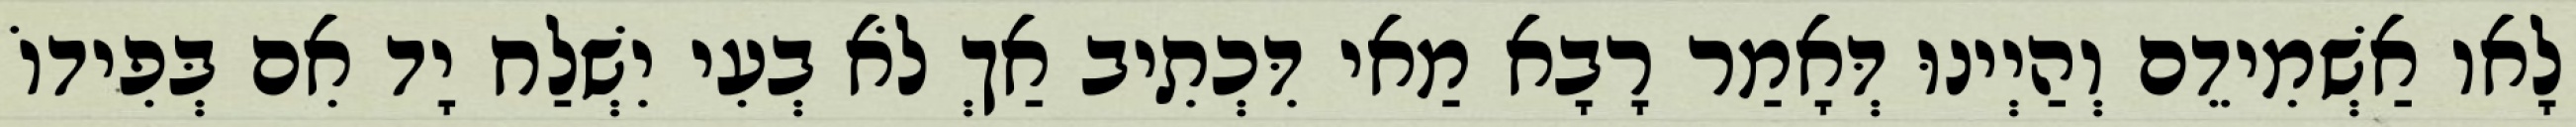
לָאו אַשְׁמִידֵם וְהַיְינוּ דְּאָמַר רָבָא מַאי דִּכְתִיב אַךְ לֹא בְעִי יִשְׁלַח יָד אִם בְּפִידוֹ